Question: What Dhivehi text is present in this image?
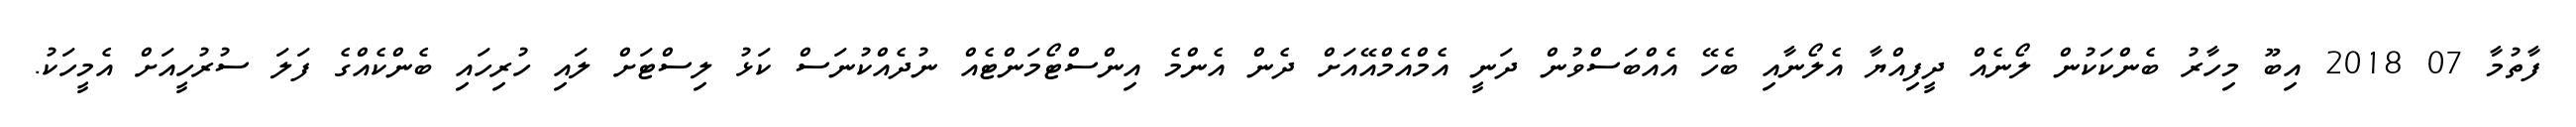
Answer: ފާތުމާ 07 2018 އިބޫ މިހާރު ބެންކަކުން ލޯނެއް ދީފިއްޔާ އެލޯނާއި ބެހޭ އެއްބަސްވުން ދަނީ އެމްއެމްއޭއަށް ދެން އެންމެ އިންސްޓޯމަންޓެއް ނުދެއްކުނަސް ކަޅު ލިސްޓަށް ލައި ހުރިހައި ބެންކެއްގެ ފަލަ ސުރުހީއަށް އެމީހަކު.